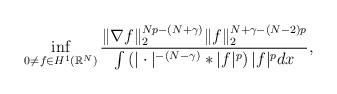
LaTeX: \begin{align*}\inf_{0 \not= f \in H^1(\mathbb{R}^N)} \frac{ \| \nabla f \|_2^{Np-(N+\gamma)} \| f \|_2^{N+\gamma-(N-2) p }} { \int \left( |\cdot|^{-(N-\gamma)} * |f|^p \right) |f|^p dx},\end{align*}